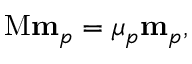
\mathrm { M } \mathbf { m } _ { p } = \mu _ { p } \mathbf { m } _ { p } ,